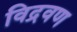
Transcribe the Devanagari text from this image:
विद्रवण